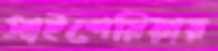
সাইপেরিয়ায়